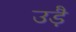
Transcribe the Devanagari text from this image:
उड़ै